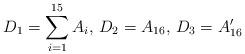
LaTeX: \begin{align*}D_{1}=\sum_{i=1}^{15}A_{i},\,D_{2}=A_{16},\,D_{3}=A_{16}'\end{align*}